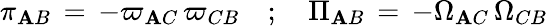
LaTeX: \pi_{\mathbf{A}B}\, =\, -\varpi_{\mathbf{A}C}\, \varpi_{CB}\quad;\quad\Pi_{\mathbf{A}B}\, =\, -\Omega_{\mathbf{A}C}\, \Omega_{CB}